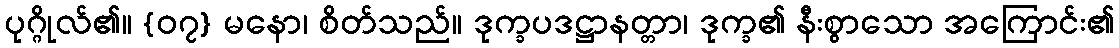
ပုဂ္ဂိုလ်၏။ {၀၇} မနော၊ စိတ်သည်။ ဒုက္ခပဒဋ္ဌာနတ္တာ၊ ဒုက္ခ၏ နီးစွာသော အကြောင်း၏